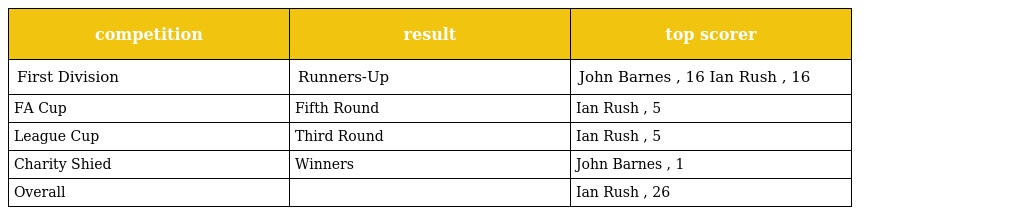
| competition | result | top scorer |
 | --- | --- | --- |
 | First Division | Runners-Up | John Barnes , 16 Ian Rush , 16 |
 | FA Cup | Fifth Round | Ian Rush , 5 |
 | League Cup | Third Round | Ian Rush , 5 |
 | Charity Shied | Winners | John Barnes , 1 |
 | Overall |  | Ian Rush , 26 |